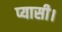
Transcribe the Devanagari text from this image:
प्यासी।